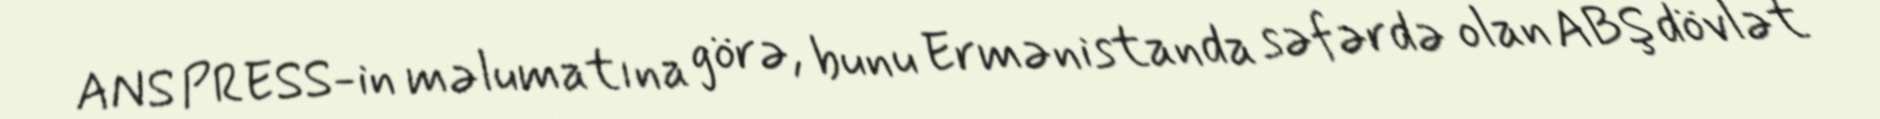
ANS PRESS-in məlumatına görə, bunu Ermənistanda səfərdə olan ABŞ dövlət